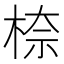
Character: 㮈